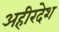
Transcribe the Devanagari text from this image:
अहीरदेश